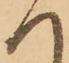
へ